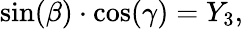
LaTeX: \sin(\beta)\cdot\cos(\gamma)=Y_{3},